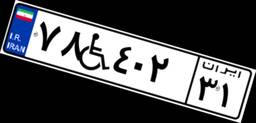
۷۸W۴۰۲۳۱